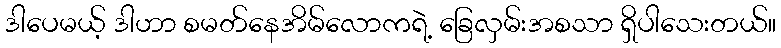
ဒါပေမယ့် ဒါဟာ စမတ်နေအိမ်လောကရဲ့ ခြေလှမ်းအစသာ ရှိပါသေးတယ်။